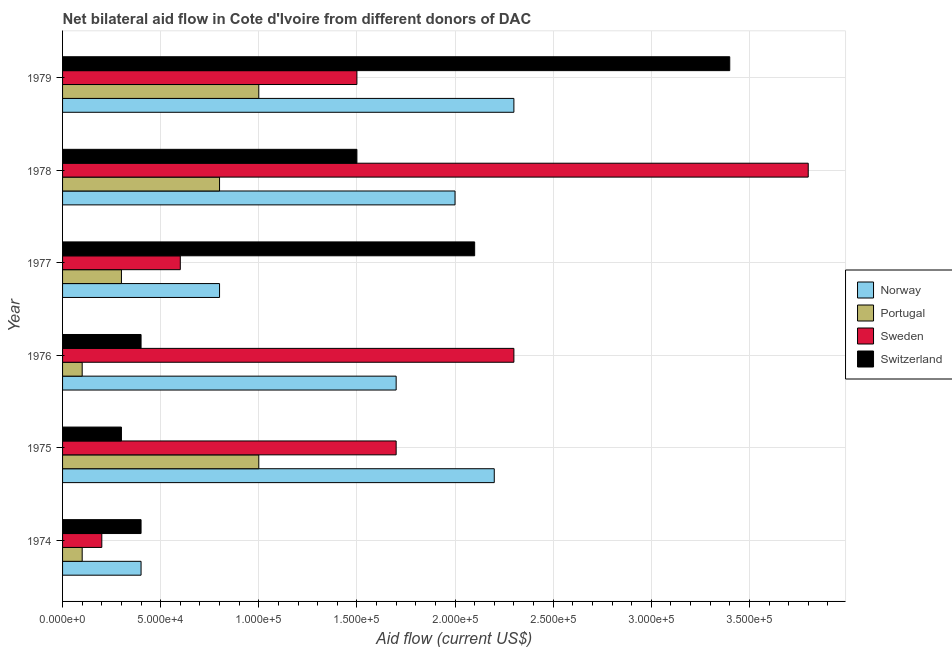
| Year | Norway | Portugal | Sweden | Switzerland |
 | --- | --- | --- | --- | --- |
 | 1974 | 4e+04 | 1e+04 | 2e+04 | 4e+04 |
 | 1975 | 2.2e+05 | 1e+05 | 1.7e+05 | 3e+04 |
 | 1976 | 1.7e+05 | 1e+04 | 2.3e+05 | 4e+04 |
 | 1977 | 8e+04 | 3e+04 | 6e+04 | 2.1e+05 |
 | 1978 | 2e+05 | 8e+04 | 3.8e+05 | 1.5e+05 |
 | 1979 | 2.3e+05 | 1e+05 | 1.5e+05 | 3.4e+05 |